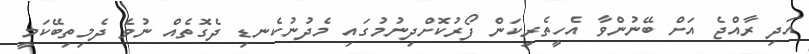
އަދި ރާއްޖެ އަށް ބޭނުންވާ އެހީތެރިކަން ފޯރުކޮށްދިނުމުގައި މެދުނުކެނޑި ދެގޮތެއް ނުވެ ދެމިތިބޭކަމީ